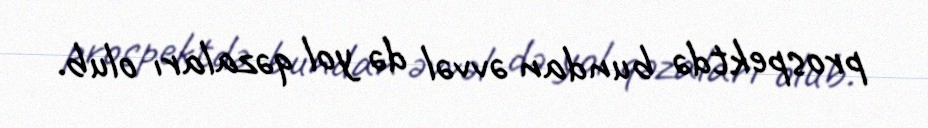
prospektdə bundan əvvəl də yol qəzaları olub.